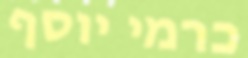
כרמי יוסף